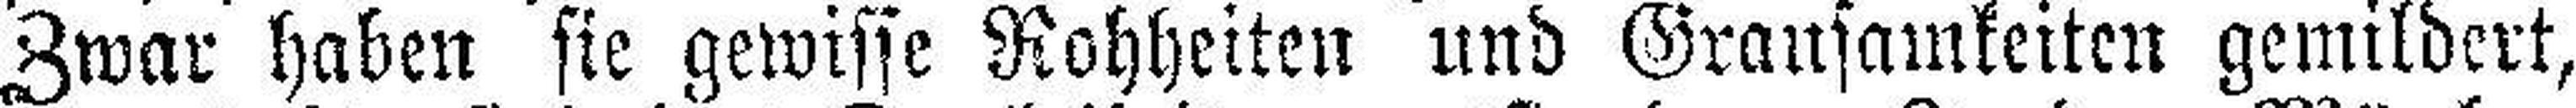
Zwar haben sie gewisse Rohheiten und Grausamkeiten gemildert,